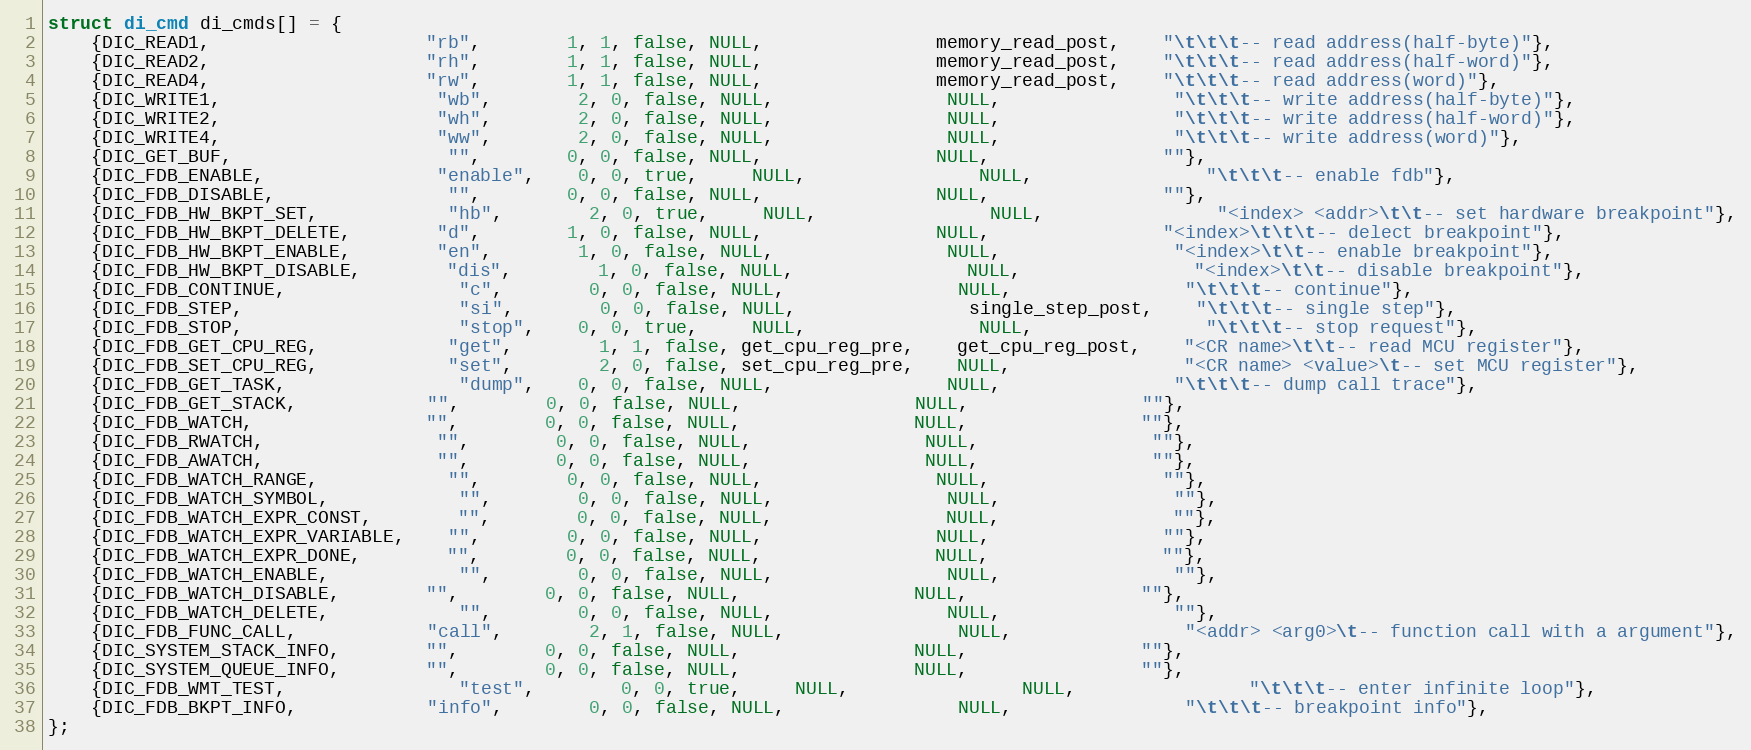
Language: C
struct di_cmd di_cmds[] = {
	{DIC_READ1, 					"rb", 		1, 1, false, NULL, 				memory_read_post, 	"\t\t\t-- read address(half-byte)"},
    {DIC_READ2, 					"rh", 		1, 1, false, NULL, 				memory_read_post, 	"\t\t\t-- read address(half-word)"},
    {DIC_READ4, 					"rw", 		1, 1, false, NULL, 				memory_read_post, 	"\t\t\t-- read address(word)"},
    {DIC_WRITE1, 					"wb", 		2, 0, false, NULL, 				NULL, 				"\t\t\t-- write address(half-byte)"},
    {DIC_WRITE2, 					"wh", 		2, 0, false, NULL, 				NULL, 				"\t\t\t-- write address(half-word)"},
    {DIC_WRITE4, 					"ww", 		2, 0, false, NULL, 				NULL, 				"\t\t\t-- write address(word)"},
    {DIC_GET_BUF,					"", 		0, 0, false, NULL, 				NULL, 				""},
    {DIC_FDB_ENABLE, 				"enable", 	0, 0, true,	 NULL, 				NULL, 				"\t\t\t-- enable fdb"},
    {DIC_FDB_DISABLE, 				"", 		0, 0, false, NULL, 				NULL, 				""},
    {DIC_FDB_HW_BKPT_SET, 			"hb", 		2, 0, true,	 NULL, 				NULL, 				"<index> <addr>\t\t-- set hardware breakpoint"},
    {DIC_FDB_HW_BKPT_DELETE, 		"d", 		1, 0, false, NULL, 				NULL, 				"<index>\t\t\t-- delect breakpoint"},
    {DIC_FDB_HW_BKPT_ENABLE, 		"en", 		1, 0, false, NULL, 				NULL, 				"<index>\t\t-- enable breakpoint"},
    {DIC_FDB_HW_BKPT_DISABLE, 		"dis", 		1, 0, false, NULL, 				NULL, 				"<index>\t\t-- disable breakpoint"},
    {DIC_FDB_CONTINUE, 				"c", 		0, 0, false, NULL, 				NULL, 				"\t\t\t-- continue"},
    {DIC_FDB_STEP, 					"si", 		0, 0, false, NULL, 				single_step_post, 	"\t\t\t-- single step"},
    {DIC_FDB_STOP, 					"stop", 	0, 0, true,	 NULL, 				NULL, 				"\t\t\t-- stop request"},
    {DIC_FDB_GET_CPU_REG, 			"get", 		1, 1, false, get_cpu_reg_pre, 	get_cpu_reg_post, 	"<CR name>\t\t-- read MCU register"},
    {DIC_FDB_SET_CPU_REG, 			"set", 		2, 0, false, set_cpu_reg_pre, 	NULL, 				"<CR name> <value>\t-- set MCU register"},
    {DIC_FDB_GET_TASK, 				"dump", 	0, 0, false, NULL, 				NULL, 				"\t\t\t-- dump call trace"},
    {DIC_FDB_GET_STACK, 			"", 		0, 0, false, NULL, 				NULL, 				""},
    {DIC_FDB_WATCH, 				"", 		0, 0, false, NULL, 				NULL, 				""},
    {DIC_FDB_RWATCH, 				"", 		0, 0, false, NULL, 				NULL, 				""},
    {DIC_FDB_AWATCH, 				"", 		0, 0, false, NULL, 				NULL, 				""},
    {DIC_FDB_WATCH_RANGE, 			"", 		0, 0, false, NULL, 				NULL, 				""},
    {DIC_FDB_WATCH_SYMBOL, 			"", 		0, 0, false, NULL, 				NULL, 				""},
    {DIC_FDB_WATCH_EXPR_CONST, 		"", 		0, 0, false, NULL, 				NULL, 				""},
    {DIC_FDB_WATCH_EXPR_VARIABLE, 	"", 		0, 0, false, NULL, 				NULL, 				""},
    {DIC_FDB_WATCH_EXPR_DONE, 		"", 		0, 0, false, NULL, 				NULL, 				""},
    {DIC_FDB_WATCH_ENABLE, 			"", 		0, 0, false, NULL, 				NULL, 				""},
    {DIC_FDB_WATCH_DISABLE, 		"", 		0, 0, false, NULL, 				NULL, 				""},
    {DIC_FDB_WATCH_DELETE, 			"", 		0, 0, false, NULL, 				NULL, 				""},
    {DIC_FDB_FUNC_CALL, 			"call",		2, 1, false, NULL, 				NULL, 				"<addr> <arg0>\t-- function call with a argument"},
    {DIC_SYSTEM_STACK_INFO, 		"", 		0, 0, false, NULL, 				NULL, 				""},
    {DIC_SYSTEM_QUEUE_INFO, 		"", 		0, 0, false, NULL, 				NULL, 				""},
	{DIC_FDB_WMT_TEST, 				"test",		0, 0, true,	 NULL, 				NULL, 				"\t\t\t-- enter infinite loop"},
    {DIC_FDB_BKPT_INFO, 			"info",		0, 0, false, NULL, 				NULL, 				"\t\t\t-- breakpoint info"},
};